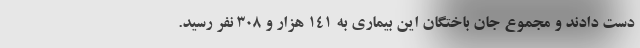
دست دادند و مجموع جان باختگان این بیماری به ۱۴۱ هزار و ۳۰۸ نفر رسید.